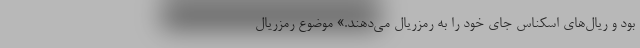
بود و ریال‌های اسکناس جای خود را به رمزریال می‌دهند.» موضوع رمزریال